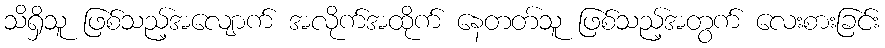
သိရှိသူ ဖြစ်သည့်အလျောက် အလိုက်အထိုက် နေတတ်သူ ဖြစ်သည့်အတွက် လေးစားခြင်း